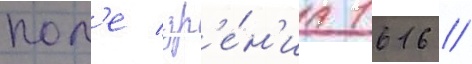
пол'е зр'е́н'иа 1616 //